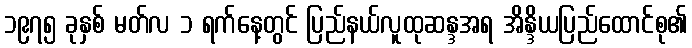
၁၉၇၅ ခုနှစ် မတ်လ ၁ ရက်နေ့တွင် ပြည်နယ်လူထုဆန္ဒအရ အိန္ဒိယပြည်ထောင်စု၏